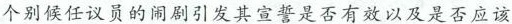
个别候任议员的闹剧引发其宣誓是否有效以及是否应该